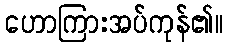
ဟောကြားအပ်ကုန်၏။